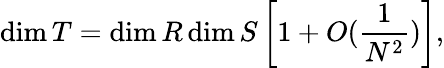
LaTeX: \dim T=\dim R\dim S\left[1+O({\frac{1}{N^{2}}})\right],